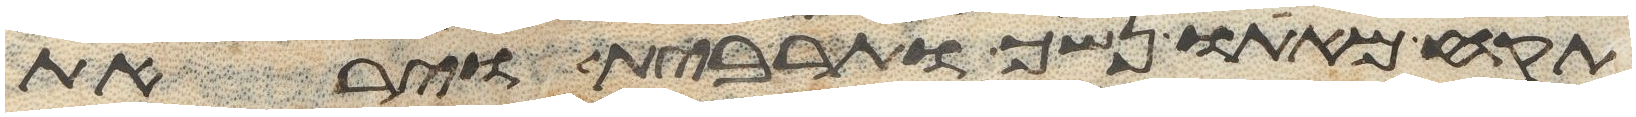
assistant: תקח מאתו נשך ותרבית ויראת